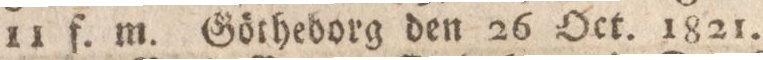
11 f. m. Götheborg den 26 Oct. 1821.